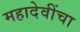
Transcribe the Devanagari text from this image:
महादेवींचा